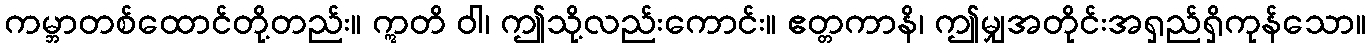
ကမ္ဘာတစ်ထောင်တို့တည်း။ ဣတိ ဝါ၊ ဤသို့လည်းကောင်း။ ဧတ္တကာနိ၊ ဤမျှအတိုင်းအရှည်ရှိကုန်သော။